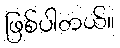
ဖြစ်ပါတယ်။